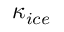
\kappa _ { i c e }